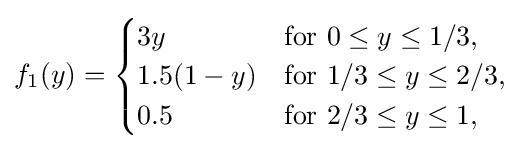
f_{1}(y)={\begin{cases}3y&{\text{for }}0\leq y\leq 1/3,\\1.5(1-y)&{\text{for }}1/3\leq y\leq 2/3,\\0.5&{\text{for }}2/3\leq y\leq 1,\end{cases}}